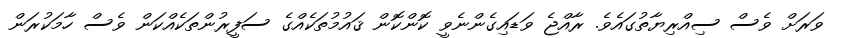
ވަރަށް ވެސް ސިއްރިޔާތުގައެވެ. ރާއްޖެ ވަޑައިގެންނެވީ ކޮންކޮން ޤައުމުތަކެއްގެ ސަފީރުންތަކެއްކަން ވެސް ހާމަކުރަން